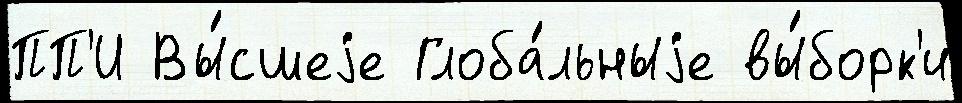
ПП'И Вы́сшеjе Глоба́льныjе вы́борк'и